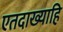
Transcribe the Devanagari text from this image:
एतदाख्याहि